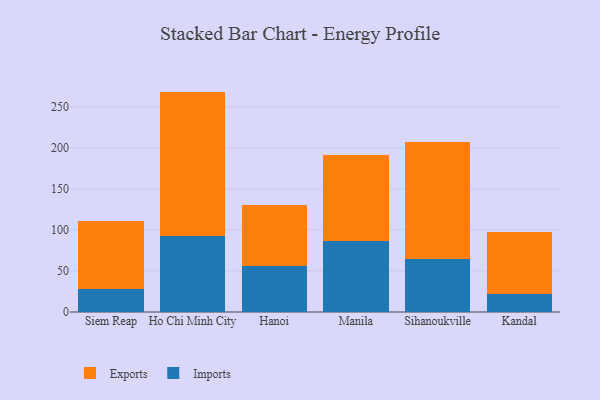
{"axis": {"x": "City", "y": "Bounce Rate (%)"}, "legend": ["Exports", "Imports"], "data": [{"x": "Siem Reap", "y": 28.1, "type": "Imports"}, {"x": "Siem Reap", "y": 82.6, "type": "Exports"}, {"x": "Ho Chi Minh City", "y": 92.3, "type": "Imports"}, {"x": "Ho Chi Minh City", "y": 176.5, "type": "Exports"}, {"x": "Hanoi", "y": 56.2, "type": "Imports"}, {"x": "Hanoi", "y": 74.5, "type": "Exports"}, {"x": "Manila", "y": 86.9, "type": "Imports"}, {"x": "Manila", "y": 105.0, "type": "Exports"}, {"x": "Sihanoukville", "y": 64.1, "type": "Imports"}, {"x": "Sihanoukville", "y": 143.0, "type": "Exports"}, {"x": "Kandal", "y": 21.7, "type": "Imports"}, {"x": "Kandal", "y": 76.0, "type": "Exports"}]}